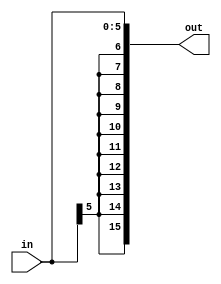
module Sext6b(input[5:0] in, output reg[15:0] out);

	always @ (in)
		out = {in[5],in[5],in[5],in[5],in[5],in[5],in[5],in[5],in[5],in[5],in[5],in};

endmodule